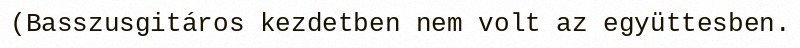
(Basszusgitáros kezdetben nem volt az együttesben.